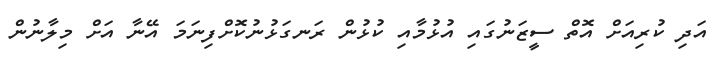
އަދި ކުރިއަށް އޮތް ސީޒަނުގައި އުޅުމާއި ކުޅުން ރަނގަޅުނުކޮށްފިނަމަ އޭނާ އަށް މިލާނުން